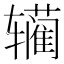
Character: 𰺣